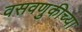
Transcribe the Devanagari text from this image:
वसवणुकीच्या